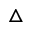
\triangle